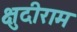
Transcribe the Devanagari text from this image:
क्षुदीराम